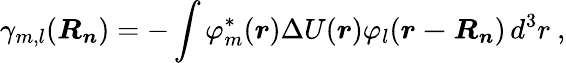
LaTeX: \gamma_{m,l}({\boldsymbol{R_{n}}})=-\int\varphi_{m}^{*}({\boldsymbol{r}})\Delta U({\boldsymbol{r}})\varphi_{l}({\boldsymbol{r-R_{n}}})\, d^{3}r\ ,